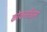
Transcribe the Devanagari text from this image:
कोकसॉड्स